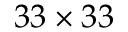
3 3 \times 3 3